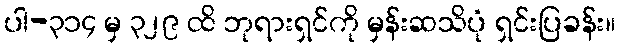
ပါ-၃၁၄ မှ ၃၂၉ ထိ ဘုရားရှင်ကို မှန်းဆသိပုံ ရှင်းပြခန်း။